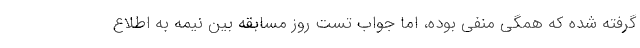
گرفته شده که همگی منفی بوده، اما جواب تست روز مسابقه بین نیمه به اطلاع